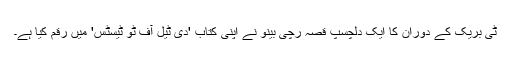
ٹی بریک کے دوران کا ایک دلچسپ قصہ رچی بینو نے اپنی کتاب 'دی ٹیل آف ٹو ٹیسٹس' میں رقم کیا ہے۔